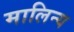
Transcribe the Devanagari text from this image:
मालिन्य